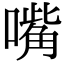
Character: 嘴